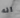
انه